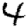
Digit: 4